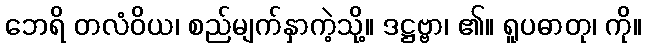
ဘေရိ တလံဝိယ၊ စည်မျက်နှာကဲ့သို့။ ဒဋ္ဌဗ္ဗာ၊ ၏။ ရူပဓာတု၊ ကို။